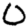
Digit: 0